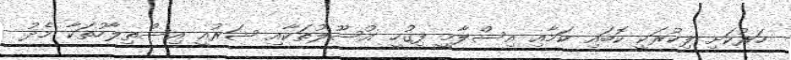
ހަރުކަށި ފިކުރަކީ ކޮބައި ކަމާއި އިސްލާމީ ފިގުހީ އުސޫލުތަކާއި ޝަރުއީ އިސްތިލާހުތަކާ މެދު